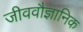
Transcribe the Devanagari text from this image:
जीववौज्ञानिक